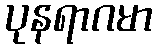
ပုနရာဂမာ